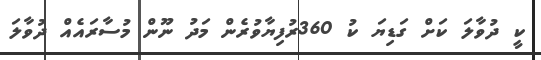
ކީ ދުވާލަ ކަށް ގަޑިޔަ ކު 360ރުފިޔާވުރެން މަދު ނޫން މުސާރައެއް ދުވާލަ